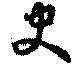
曳